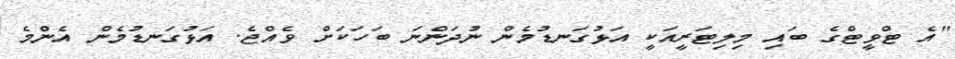
"އެ ޓްވީޓްގެ ބައި މިލިޓަރީއަކީ އަޅުގަނޑުމެން ނުދަންނަ ބަހަކަށް ވެއްޖެ. އަޅުގަނޑުމެން އެންމެ